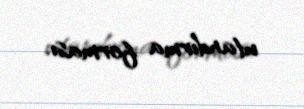
utandırma forması.